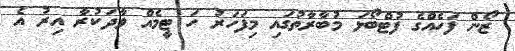
ޒޯން ފަހެއްގެ ފުޓްބޯޅަ މުބާރާތުގައި މިފަހަރު ހަ ޓީމެއް ވާދަކުރާ އިރު އެ